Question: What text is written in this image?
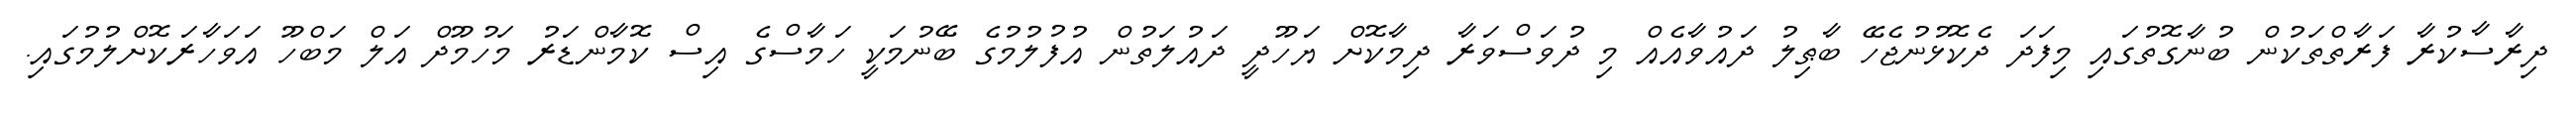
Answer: ދިރާސާކުރާ ފަރާތްތަކުން ބުނާގޮތުގައި މިފަދަ ދެކޮޅުނުޖެހޭ ބާޠިލު ދައުވާއެއް މި ދުވަސްވަރާ ދިމާކޮށް ޔަހޫދީ ދައުލަތުން އުފުލުމުގެ ބޭނުމަކީ ހަމާސްގެ އިސް ކޮމާންޑަރު މަހުމޫދް އަލް މަބްހޫ އަވަހާރަކޮށްލުމުގައި.